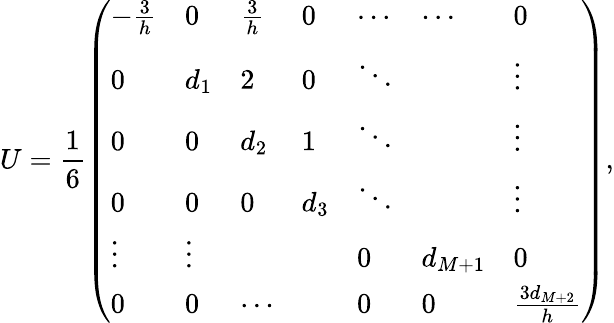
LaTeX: U=\frac{1}{6}\left(\begin{array}{lllllll}{-\frac{3}{h}}&{0}&{\frac{3}{h}}&{0}&{\cdots}&{\cdots}&{0}\\ {0}&{d_{1}}&{2}&{0}&{\ddots}&{}&{\vdots}\\ {0}&{0}&{d_{2}}&{1}&{\ddots}&{}&{\vdots}\\ {0}&{0}&{0}&{d_{3}}&{\ddots}&{}&{\vdots}\\ {\vdots}&{\vdots}&{}&{}&{0}&{d_{M+1}}&{0}\\ {0}&{0}&{\cdots}&{}&{0}&{0}&{\frac{3d_{M+2}}{h}}\end{array}\right),